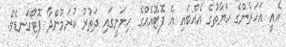
އެއީ އަހަރެންގެ ހަޔާތުގެ އެއްބައި އެ ފޮޓޮއެއްގެ ހިޔަނީގައި ދަތުރު ކުރަމުންދާ ފޮޓޯގަނޑެވެ.